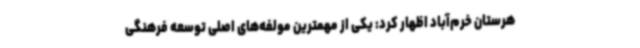
هرستان خرم‌آباد اظهار کرد: یکی از مهمترین مولفه‌های اصلی توسعه فرهنگی